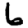
Digit: 6